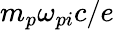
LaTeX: m_{p}\omega_{pi}c/e